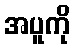
အပူကို